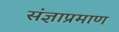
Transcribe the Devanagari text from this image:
संज्ञाप्रमाण